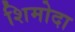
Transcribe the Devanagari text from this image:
शिमोदा